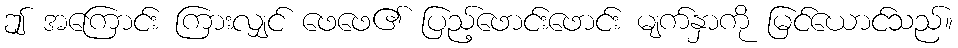
ဤ အကြောင်း ကြားလျှင် ဖေဖေ၏ ပြည့်ဖောင်းဖောင်း မျက်နှာကို မြင်ယောင်သည်။